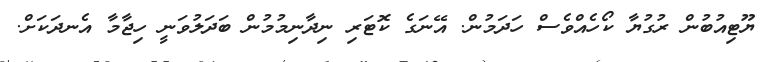
ޔޫޓިއުބުން ރުގުޔާ ކޯހެއްވެސް ހަދަމުން. އޭނަގެ ކޮޓަރި ނިދާނިމުމުން ބަދަލުވަނީ ހިޖާމާ އެނދަކަށް.